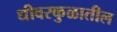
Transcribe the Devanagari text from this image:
धीवरकुळातील